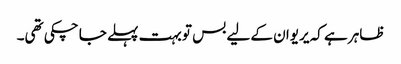
ظاہر ہے کہ یریوان کے لیے بس تو بہت پہلے جا چکی تھی۔